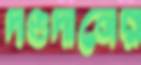
দণ্ডদানের